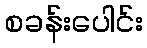
စခန်းပေါင်း